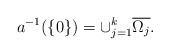
LaTeX: \begin{align*} a^{-1}(\{0\})=\cup_{j=1}^{k} \overline{\Omega_j}.\end{align*}